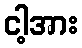
ငါ့အား